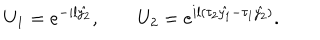
U _ { 1 } = e ^ { - i l \hat { y _ { 2 } } } , ~ ~ U _ { 2 } = e ^ { i l ( \tau _ { 2 } \hat { y _ { 1 } } - \tau _ { 1 } \hat { y _ { 2 } } ) } .